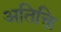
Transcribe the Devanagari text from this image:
अतिक्ति